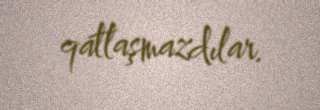
qatlaşmazdılar.